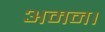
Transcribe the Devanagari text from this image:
अमन।